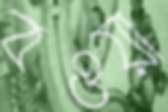
বওয়া